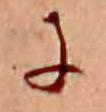
に